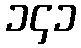
၁၄၁